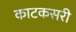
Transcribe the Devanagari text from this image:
काटकसरी